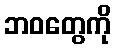
ဘဝတွေကို